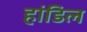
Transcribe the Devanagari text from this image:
हांडिल